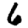
Digit: 6